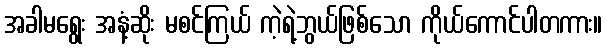
အခါမရွေး အနံ့ဆိုး မစင်ကြယ် ကဲ့ရဲ့ဘွယ်ဖြစ်သော ကိုယ်ကောင်ပါတကား။